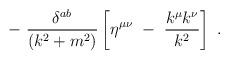
LaTeX: \begin{align*}-~ \frac{\delta^{ab}}{(k^2+m^2)} \left[ \eta^{\mu\nu} ~-~ \frac{k^\mu k^\nu}{k^2} \right] ~.\end{align*}